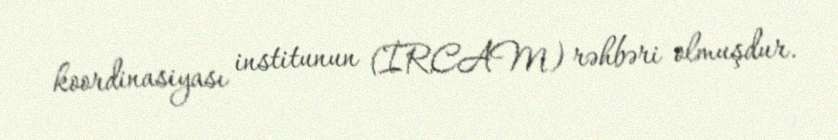
koordinasiyası institunun (İRCAM) rəhbəri olmuşdur.